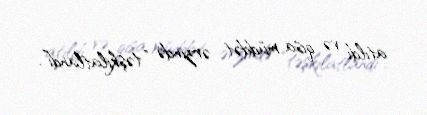
atıldı və qısa müddət ərzində “təşkilatlandı”.